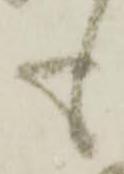
も